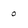
Character: 0